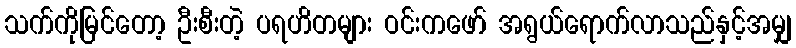
သက်ကိုမြင်တော့ ဦးစီးတဲ့ ပရဟိတများ ဝင်းကဖော် အရွယ်ရောက်လာသည်နှင့်အမျှ